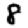
Digit: 8